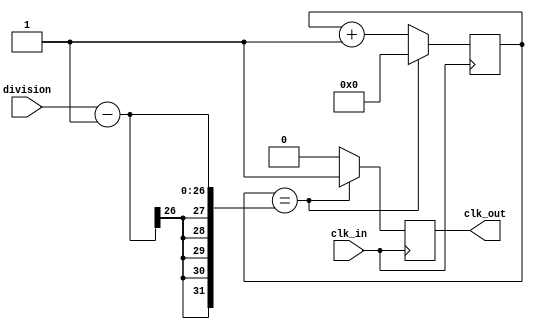
module clock_divider (clk_in, division, clk_out);

input clk_in;
output reg clk_out = 0;

input wire [25:0] division;

integer counter_clk;

initial begin
	clk_out = 0;
	counter_clk = 0;
end

always @(posedge clk_in) begin

	if (counter_clk == division - 'd1) begin
	   counter_clk <= 'd0;
		clk_out <= 1;
	end else begin
		counter_clk <= counter_clk + 'd1;
		clk_out <= 0;
	end
end

endmodule